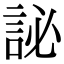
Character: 䛑